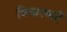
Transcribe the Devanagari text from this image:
विचारधाएँ